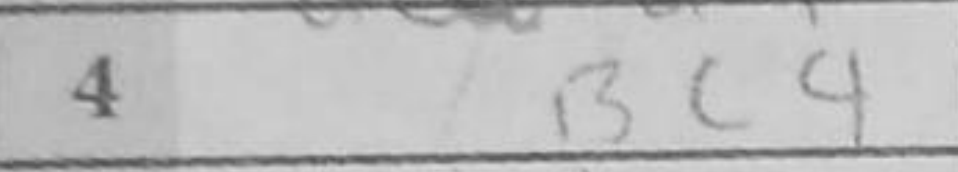
Transcription: Bc4